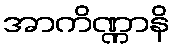
အာကိဏ္ဏာနိ